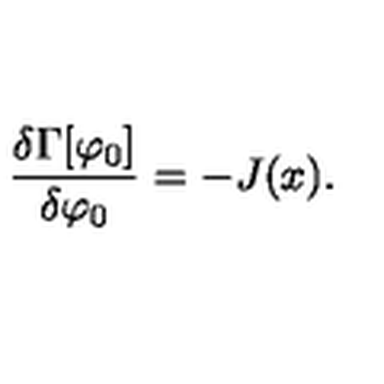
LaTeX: \frac { \delta \Gamma [ \varphi _ { 0 } ] } { \delta \varphi _ { 0 } } = - J ( x ) .